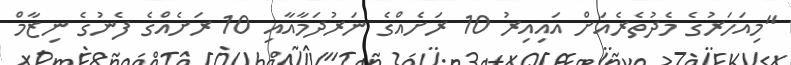
"މިއަހަރުގެ މެދުތެރެއަށް އައިއިރު 10 ރަށެއްގެ ނަރުދަމާއާއި 10 ރަށެއްގެ ފެނުގެ ނިޒާމް